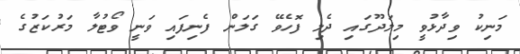
މަނިކު ވިދާޅުވީ މިލަދޫގައި ދެލި ފޮހެވޭ ގަލަން ފެނިފައި ވަނީ ވޯޓުލާ މަރުކަޒުގެ